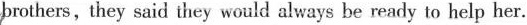
brothers, they said they would always be ready to help her.